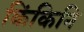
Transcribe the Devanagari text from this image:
किंकिनि